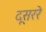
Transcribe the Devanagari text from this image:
दूसररे